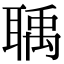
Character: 聥